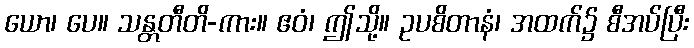
ယော၊ ပေ။ သန္တတီတိ-ကား။ ဧဝံ၊ ဤသို့။ ဥပစိတာနံ၊ အထက်၌ စီအပ်ပြီး